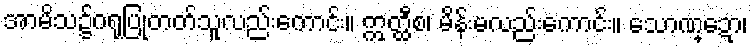
အာမိသ၌ဂရုပြုတတ်သူလည်းကောင်း။ ဣတ္ထီစ၊ မိန်းမလည်းကောင်း။ သောဏ္ဍော၊